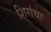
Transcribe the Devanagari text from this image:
शिरांचा